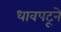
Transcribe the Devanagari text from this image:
धावपटूने